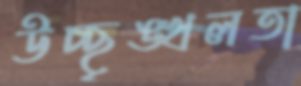
উচ্ছৃঙ্খলতা